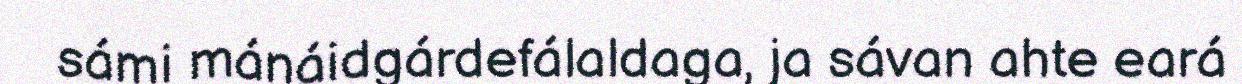
sámi mánáidgárdefálaldaga, ja sávan ahte eará